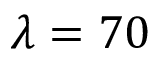
\lambda = 7 0